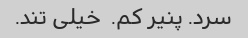
سرد. پنیر کم. ‌ خیلی تند.